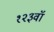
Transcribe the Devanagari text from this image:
१२३वॉ